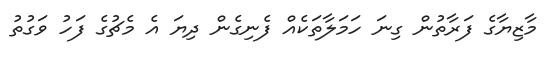
މާޒިޔާގެ ފަރާތުން ގިނަ ހަމަލާތަކެއް ފެނިގެން ދިޔަ އެ މެޗުގެ ފަހު ވަގުތު